[Report on the health of British troops in the Madras command]
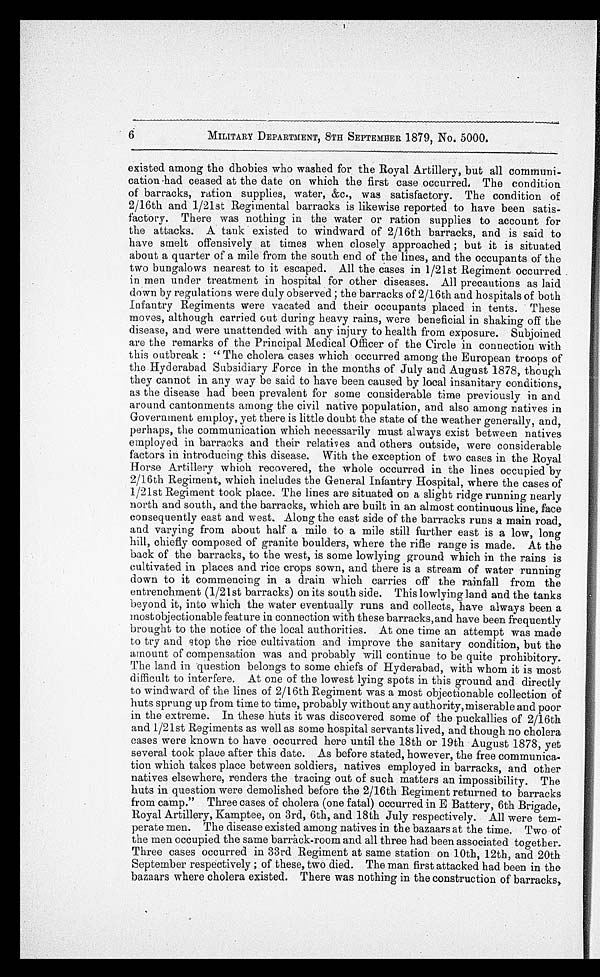
6
MILITARY DEPARTMENT, 8TH SEPTEMBER 1879, No. 5000.
existed among the dhobies who washed for the Royal Artillery, but all communi
-cation had ceased at the date on which the first case occurred. The condition
of barracks, ration supplies, water, &c., was satisfactory. The condition of
2/16th and 1/21st Regimental barracks is likewise reported to have been satis
-factory. There was nothing in the water or ration supplies to account for
the attacks. A tank existed to windward of 2/16th barracks, and is said to
have smelt offensively at times when closely approached ; but it is situated
about a quarter of a mile from the south end of the lines, and the occupants of the
two bungalows nearest to it escaped. All the cases in 1/21st Regiment occurred
in men under treatment in hospital for other diseases. All precautions as laid
down by regulations were duly observed ; the barracks of 2/16th and hospitals of both
Infantry Regiments were vacated and their occupants placed in tents. These
moves, although carried out during heavy rains, were beneficial in shaking off the
disease, and were unattended with any injury to health from exposure. Subjoined
are the remarks of the Principal Medical Officer of the Circle in connection with
this outbreak : " The cholera cases which occurred among the European troops of
the Hyderabad Subsidiary Force in the months of July and August 1878, though
they cannot in any way be said to have been caused by local insanitary conditions,
as the disease had been prevalent for some considerable time previously in and
around cantonments among the civil native population, and also among natives in
Government employ, yet there is little doubt the state of the weather generally, and,
perhaps, the communication which necessarily must always exist between natives
employed in barracks and their relatives and others outside, were considerable
factors in introducing this disease. With the exception of two cases in the Royal
Horse Artillery which recovered, the whole occurred in the lines occupied by
2/16th Regiment, which includes the General Infantry Hospital, where the cases of
1/21st Regiment took place. The lines are situated on a slight ridge running nearly
north and south, and the barracks, which are built in an almost continuous line, face
consequently east and west. Along the east side of the barracks runs a main road,
and varying from about half a mile to a mile still further east is a low, long
hill, chiefly composed of granite boulders, where the rifle range is made. At the
back of the barracks, to the west, is some lowlying ground which in the rains is
cultivated in places and rice crops sown, and there is a stream of water running
down to it commencing in a drain which carries off the rainfall from the
entrenchment (1/21st barracks) on its south side. This lowlying land and the tanks
beyond it, into which the water eventually runs and collects, have always been a
mostobjectionable feature in connection with these barracks, and have been frequently
brought to the notice of the local authorities. At one time an attempt was made
to try and stop the rice cultivation and improve the sanitary condition, but the
amount of compensation was and probably will continue to be quite prohibitory.
The land in question belongs to some chiefs of Hyderabad, with whom it is most
difficult to interfere. At one of the lowest lying spots in this ground and directly
to windward of the lines of 2/16th Regiment was a most objectionable collection of
huts sprung up from time to time, probably without any authority, miserable and poor
in the extreme. In these huts it was discovered some of the puckallies of 2/16th
and 1/21st Regiments as well as some hospital servants lived, and though no cholera
cases were known to have occurred here until the 18th or 19th August 1878, yet
several took place after this date. As before stated, however, the free communica--
tion which takes place between soldiers, natives employed in barracks, and other
natives elsewhere, renders the tracing out of such matters an impossibility. The
huts in question were demolished before the 2/16th Regiment returned to barracks
from camp." Three cases of cholera (one fatal) occurred in E Battery, 6th Brigade,
Royal Artillery, Kamptee, on 3rd, 6th, and 18th July respectively. All were tem--
perate men. The disease existed among natives in the bazaars at the time. Two of
the men occupied the same barrack-room and all three had been associated together.
Three cases occurred in 33rd Regiment at same station on 10th, 12th, and 20th
September respectively ; of these, two died. The man first attacked had been in the
bazaars where cholera existed. There was nothing in the construction of barracks,